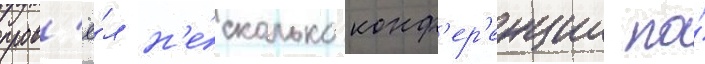
пров'ё́л н'е́сколько конф'ер'енции по́